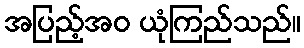
အပြည့်အဝ ယုံကြည်သည်။